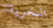
السخرية